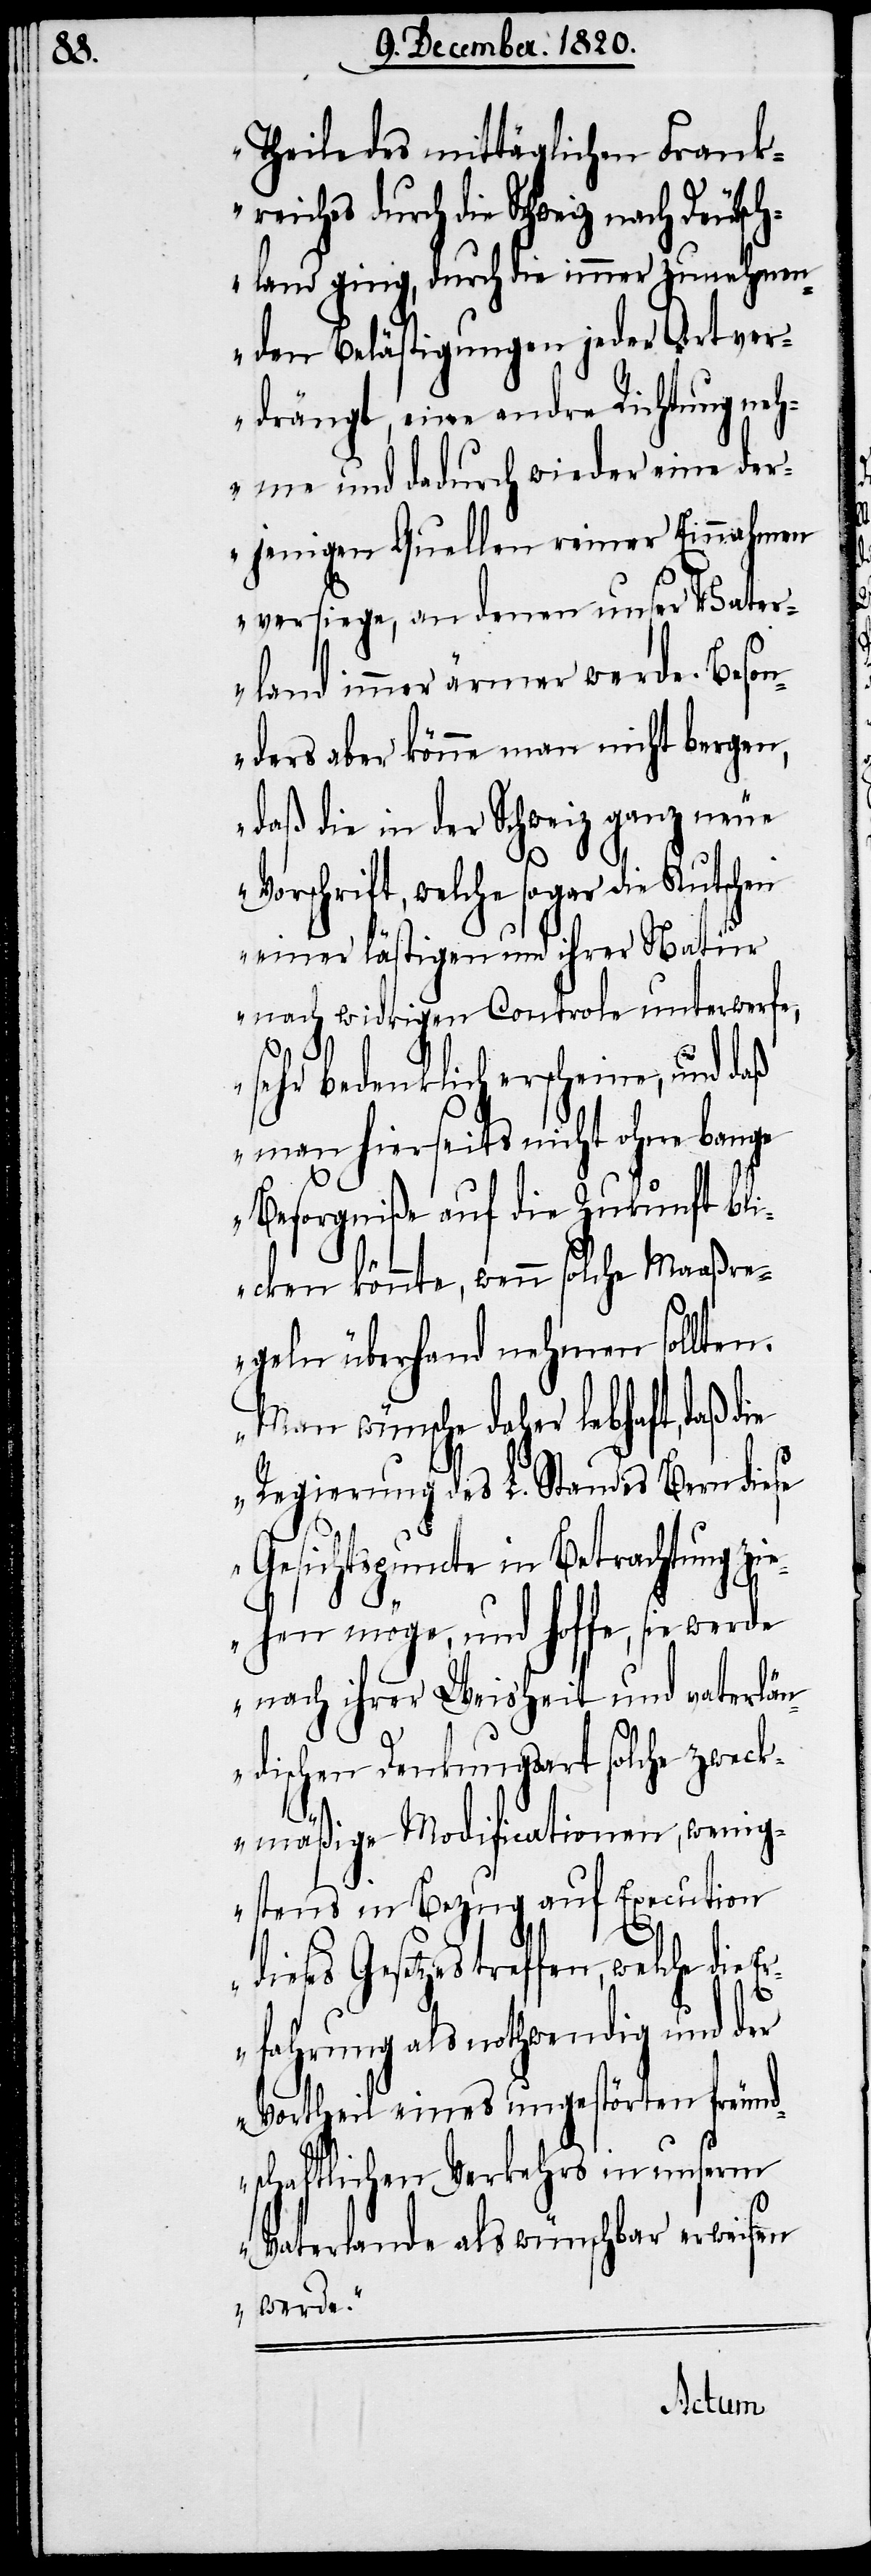
Theile des mittäglichen Frank¬
reiches durch die Schweiz nach
schland ging, durch die immer zunehmen¬
den Belästigungen jeder Art ver¬
drängt, eine andre Richtung neh¬
me und dadurch wieder eine der¬
jenigen Quellen reiner Einnahmen
versiege, an denen unser Vater¬
land immer ärmer werde. Beson¬
ders aber könne man nicht bergen,
daß die in der Schweiz ganz neue
Vorschrift, welche sogar die Kutschen
einer lästigen und ihrer Natur
nach widrigen Controle unterwerfe,
sehr bedenklich erschiene, und daß
man hierseits nicht ohne bange
Besorgniße auf die Zukunft bli¬
cken könnte, wenn solche Maaßre¬
geln Überhand nehmen sollten.
Man wünsche daher lebhaft, daß die
Regierung des L. Standes Bern diese
Gesichtspuncte in Betrachtung zi¬
ehen möge, und hoffe, sie werde
nach ihrer Weisheit und vaterlän¬
dischen Denkungsart solche zweck¬
mäßige Modificationen, wenig¬
stens in Bezug auf Execution
dieses Gesetzes treffen, welche die E¬
rfahrung als nothwendig und der
Vortheil eines ungestörten freund¬
schaftlichen Verkehrs in unserm
Vaterlande als wünschbar erweisen
werde.“
Deut¬